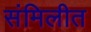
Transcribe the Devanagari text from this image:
संमिलीत